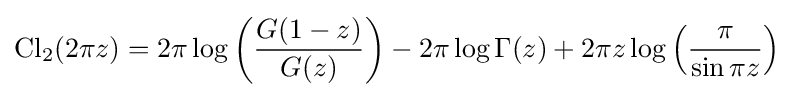
\operatorname {Cl} _{2}(2\pi z)=2\pi \log \left({\frac {G(1-z)}{G(z)}}\right)-2\pi \log \Gamma (z)+2\pi z\log \left({\frac {\pi }{\sin \pi z}}\right)